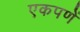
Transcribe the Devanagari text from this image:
एकपणें